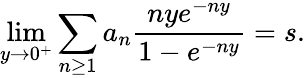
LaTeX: \operatorname*{lim}_{y\rightarrow 0^{+}}\sum_{n\geq 1}a_{n}{\frac{nye^{-ny}}{1-e^{-ny}}}=s.